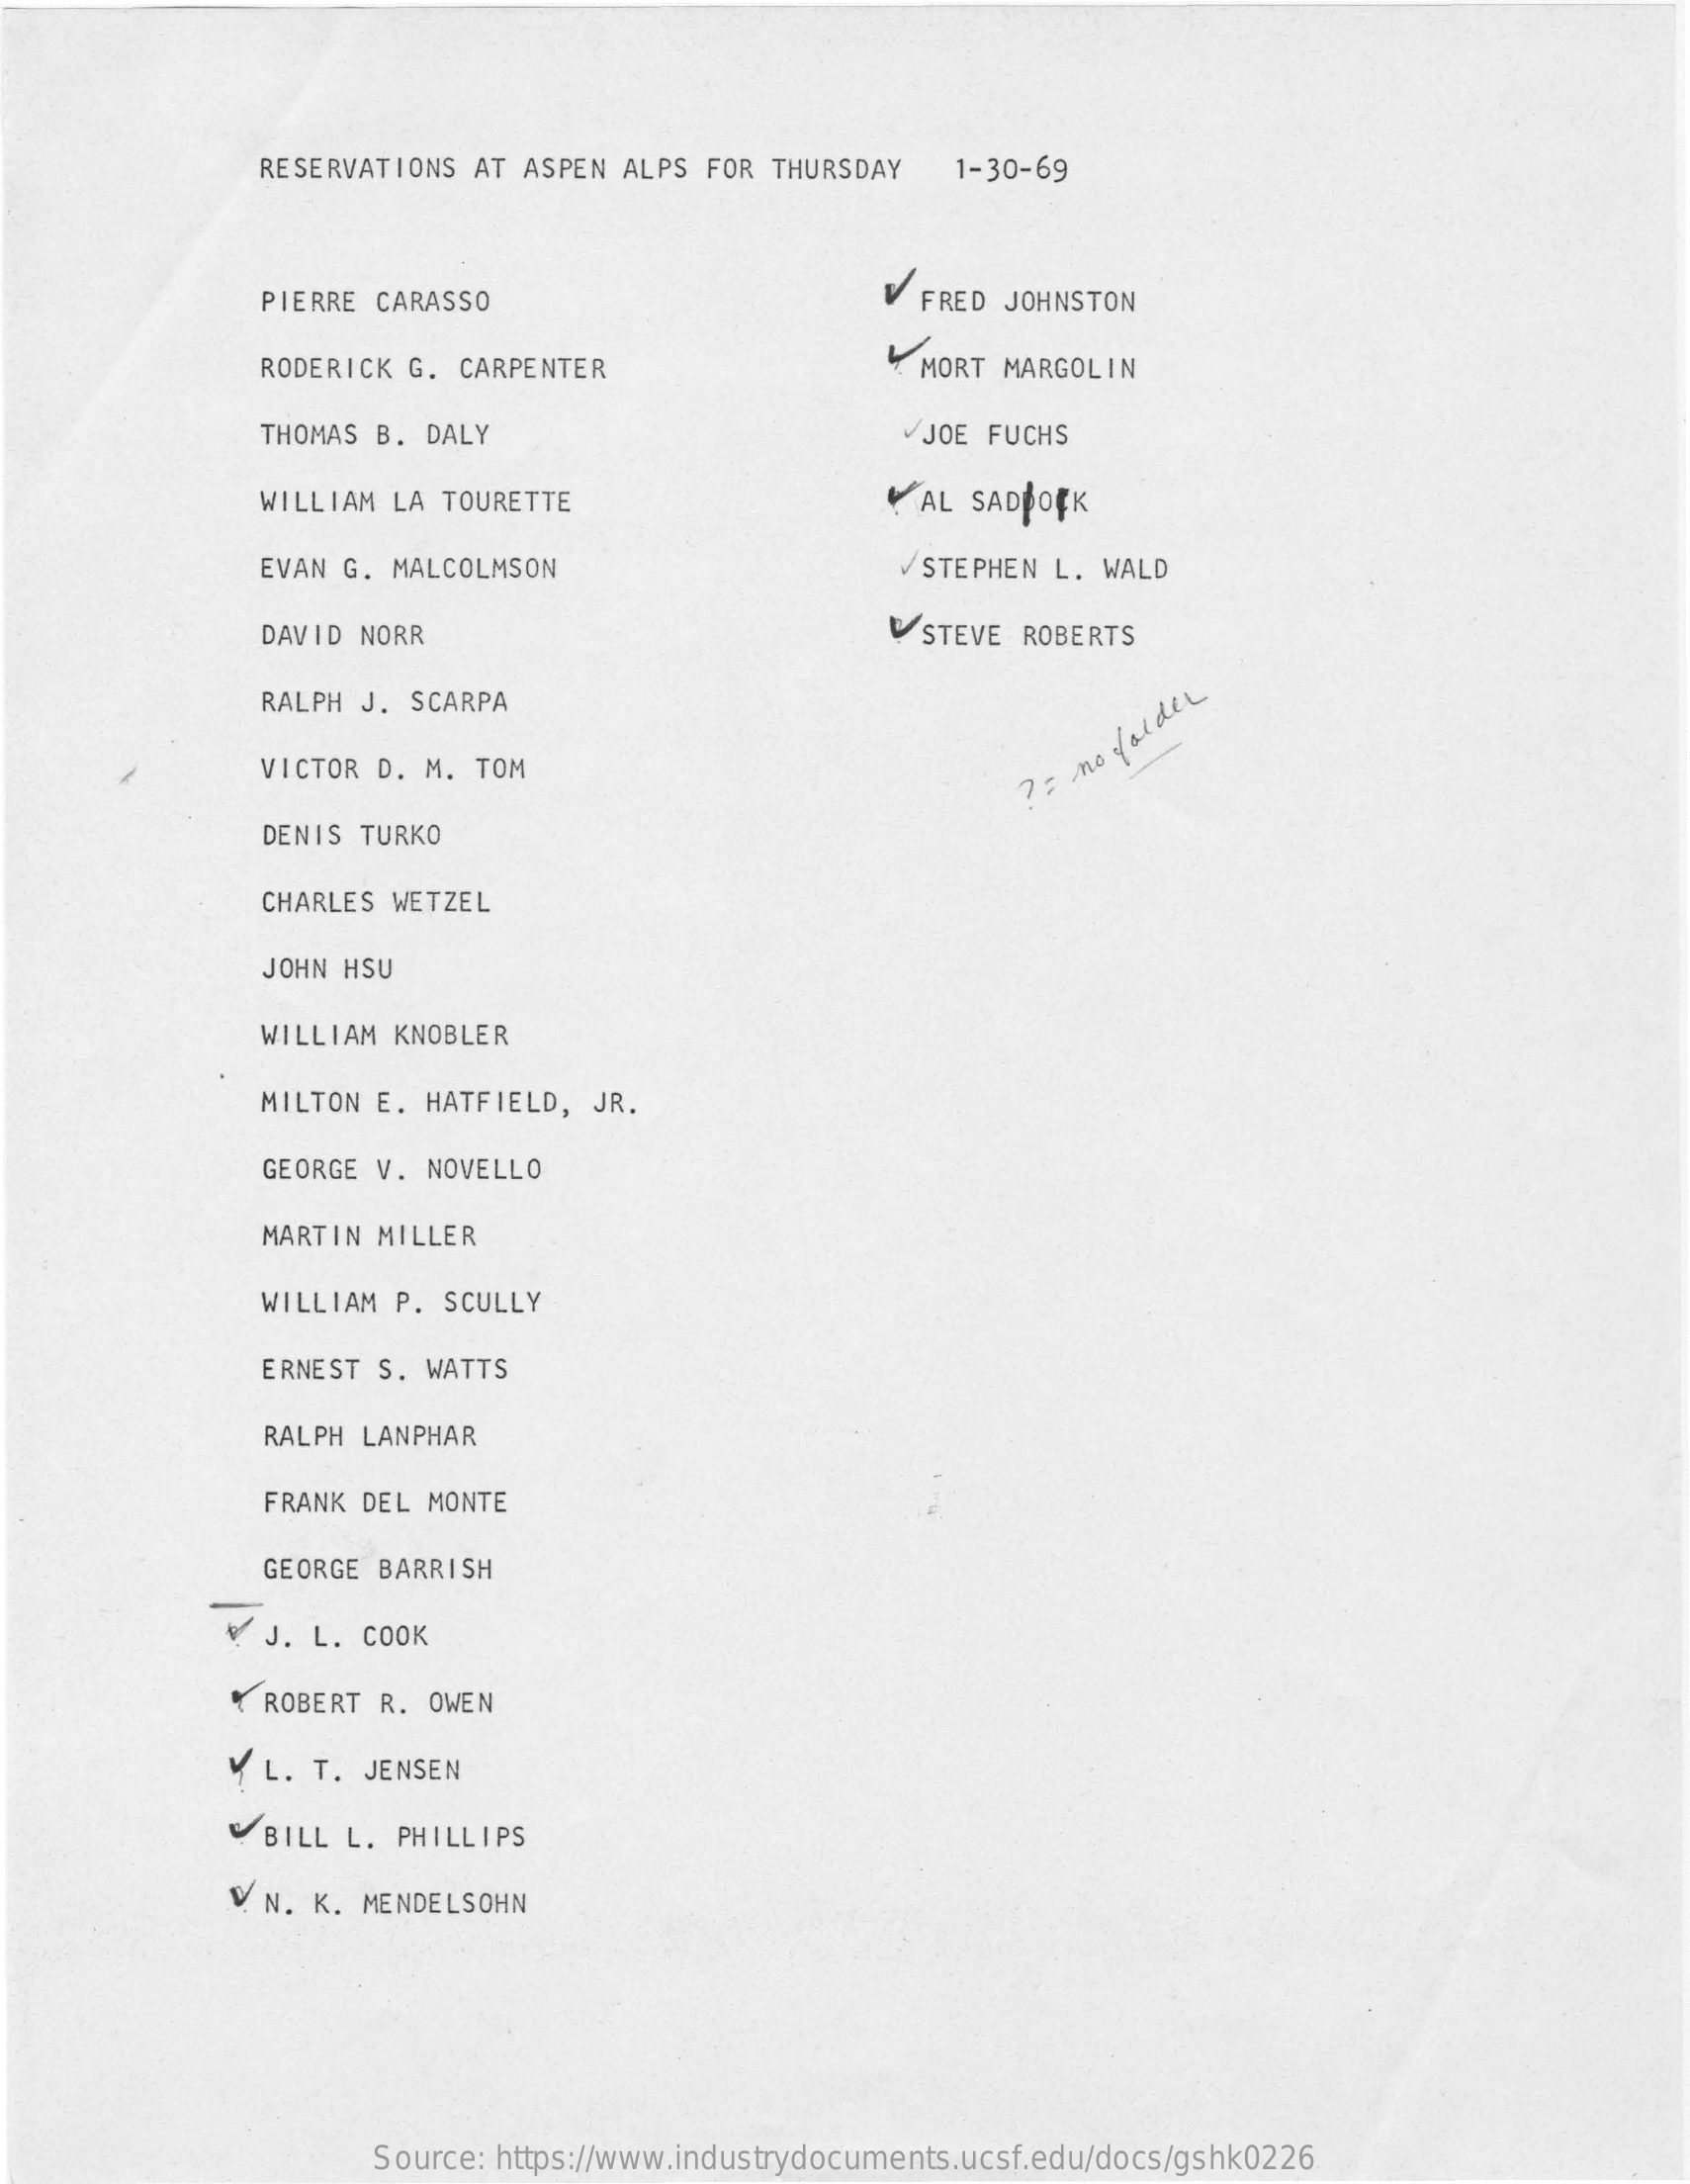
RESERVATIONS  AT ASPEN ALPS FOR  THURSDAY   1-30-69
     PIERRE CARASSO    V FRED JOHNSTON
     RODERICK G. CARPENTER    & MORT MARGOLIN
     THOMAS B. DALY    JOE FUCHS
     WILLIAM LA TOURETTE    AL SADBOEK
     EVAN G. MALCOLMSON    STEPHEN L. WALD
     DAVID NORR    V STEVE ROBERTS
     RALPH J. SCARPA
     VICTOR D. M. TOM
     ? : no
     falder
     DENIS TURKO
     CHARLES WETZEL
     JOHN HSU
     WILLIAM KNOBLER
     MILTON E. HATFIELD, JR.
     GEORGE V. NOVELLO
     MARTIN MILLER
     WILLIAM P. SCULLY
     ERNEST S. WATTS
     RALPH LANPHAR
     FRANK DEL MONTE
     GEORGE BARRISH
     ¥  J. L. COOK
     ROBERT  R. OWEN
     Y L. T. JENSEN
     BILL L. PHILLIPS
     V N. K. MENDELSOHN
     Source: https://www.industrydocuments.ucsf.edu/docs/gshk0226